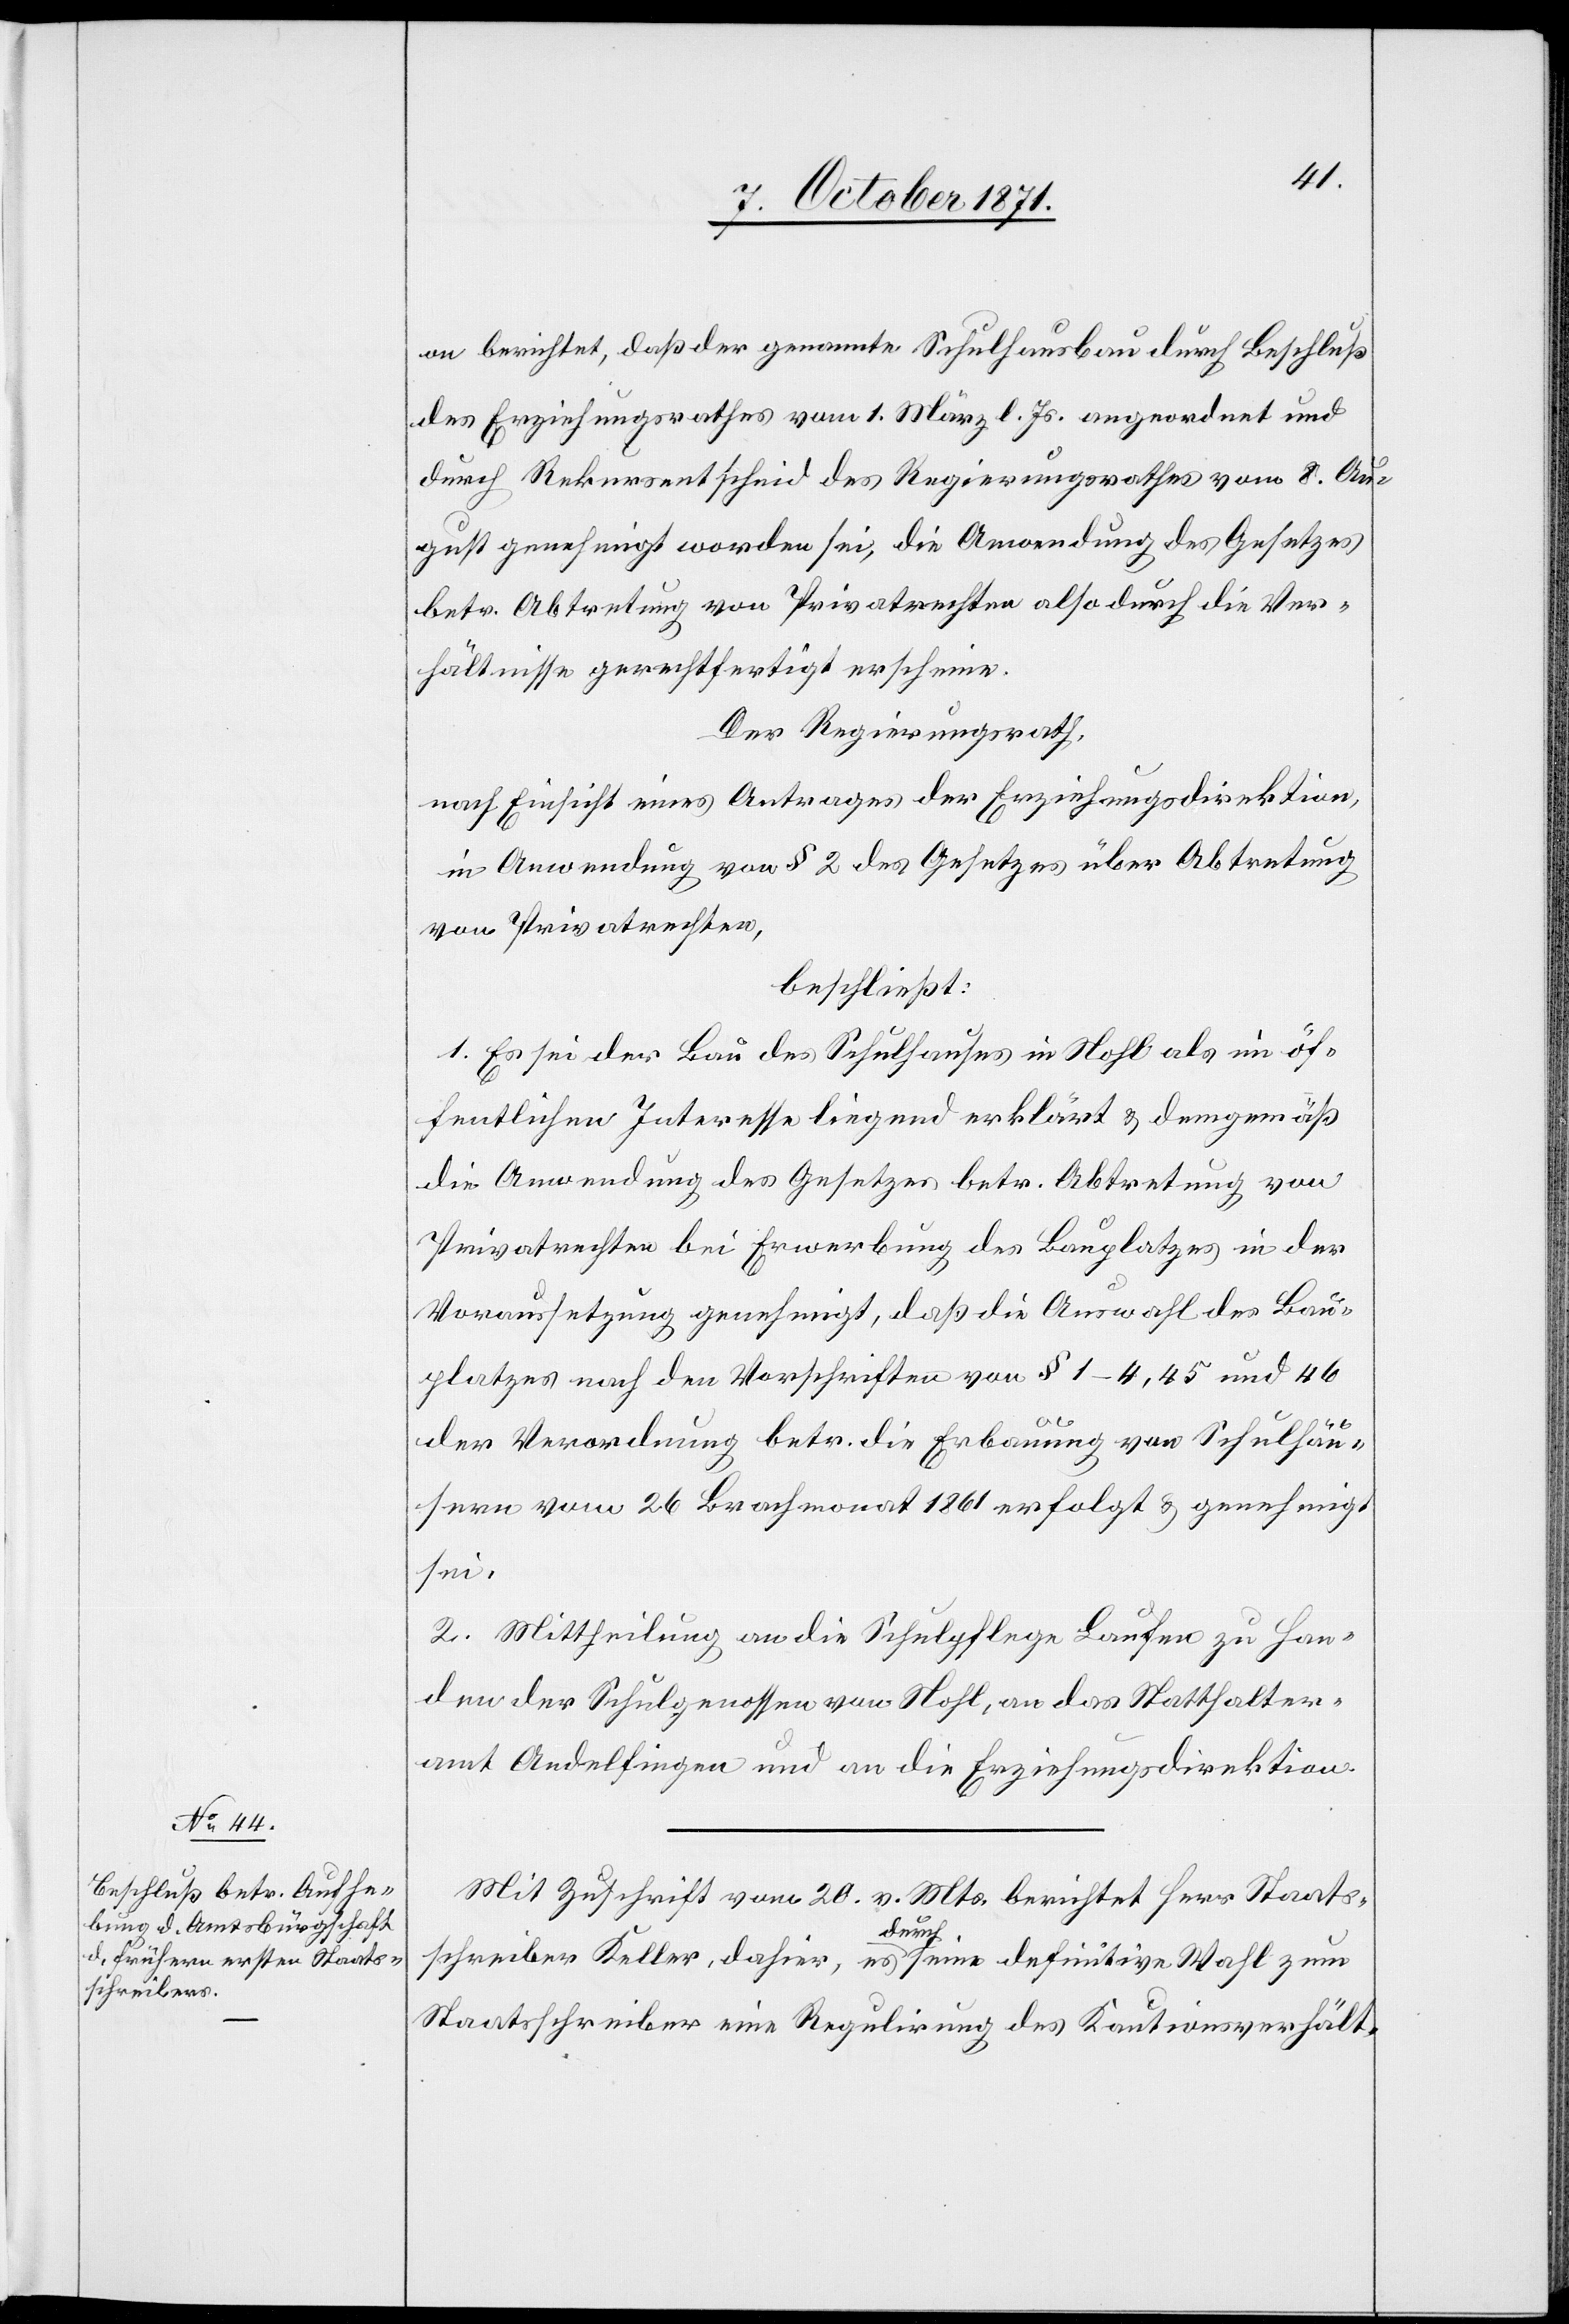
on berichtet, daß der genannte Schulhausbau durch Beschluß
des Erziehungsrathes vom 1. März l. Js. angeordnet und
durch Rekursentscheid des Regierungsrathes vom 8. Au¬
gust genehmigt worden sei, die Anordnung des Gesetzes
betr. Abtretung von Privatrechten also durch die Ver¬
hältnisse gerechtfertigt erscheine.
Der Regierungsrath,
nach Einsicht eines Antrages der Erziehungsdirektion,
in Anwendung von § 2 des Gesetzes über Abtretung
von Privatrechten,
beschließt:
1. Es sei der Bau des Schulhauses in Nohl als im öf¬
fentlichen Interesse liegend erklärt & demgemäß
die Anwendung des Gesetzes betr. Abtretung von
Privatrechten bei Erwerbung des Bauplatzes in der
Voraussetzung genehmigt, daß die Auswahl des Bau¬
platzes nach den Vorschriften von § 1–4, 45 und 46
der Verordnung betr. die Erbauung von Schulhäu¬
sern vom 26. Brachmonat 1861 erfolgt & genehmigt
sei.
2. Mittheilung an die Schulpflege Laufen zu Han¬
den der Schulgenossen von Nohl, an das Statthalter¬
amt Andelfingen und an die Erziehungsdirektion.
Mit Zuschrift vom 20. v. Mts. berichtet Herr Staats¬
schreiber Keller, dahier, es [sei] durch seine definitive Wahl zum
Staatsschreiber eine Regulirung des Kautionsverhält-